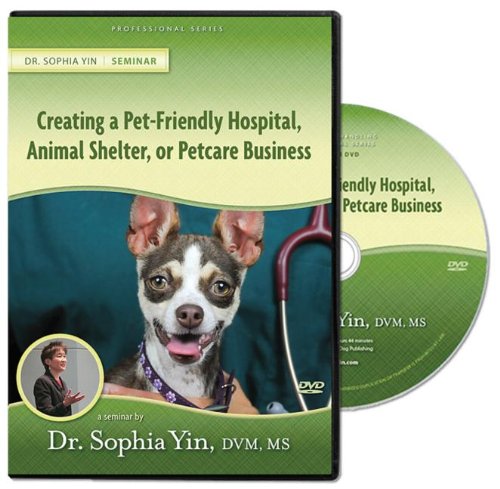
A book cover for Creating the Pet-Friendly Hospital, Animal Shelter, or Petcare Business (Lecture); Sophia Yin; Medical Books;